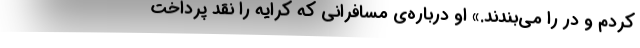
کردم و در را می‌بندند.» او درباره‌ی مسافرانی که کرایه را نقد پرداخت